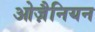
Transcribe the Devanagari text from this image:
ओज़ैनियन